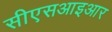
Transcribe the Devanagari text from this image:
सीएसआइआर